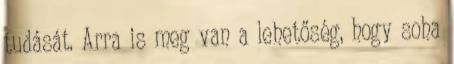
tudását. Arra is meg van a lehetőség, hogy soha